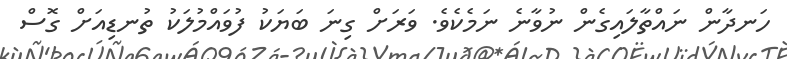
ހަނދާން ނައްތާލައިގެން ނުވާނެ ނަމެކެވެ. ވަރަށް ގިނަ ބަޔަކު ފުވައްމުލަކު ތުނޑިއަށް ގޮސް